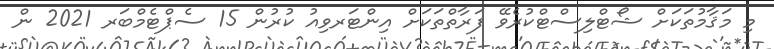
މި މަޤާމުތަކަށް ޝޯޓްލިސްޓްކުރެވޭ ފަރާތްތަކަށް އިންޓަރވިއު ކުރުން 15 ސެޕްޓެމްބަރ 2021 ން